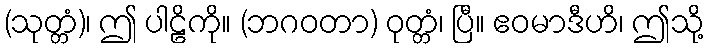
(သုတ္တံ)၊ ဤ ပါဠိကို။ (ဘဂဝတာ) ဝုတ္တံ၊ ပြီ။ ဧဝမာဒီဟိ၊ ဤသို့